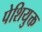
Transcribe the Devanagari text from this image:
पेशियुक्त